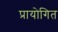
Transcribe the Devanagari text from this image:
प्रायोगित